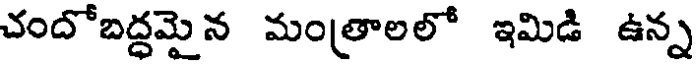
చందోబద్ధమై న మం(తాలలో ఇమిడి ఉన్న